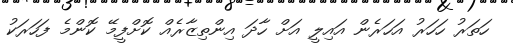
ހަތަރު ހަހަރު އަހަރެން އައިލީ އަށް ހާދަ އިންތިޒާރެއް ކޮށްފީމޭ ކޮންމެ ފަހަރަކު